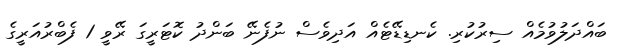
ބައްދަލުވުމެއް ސިރުކުރި. ކެނޑިޑޭޓެއް އަދިވެސް ނުފެނޭ ބަންދު ކޮޓަރީގަ ރޭވީ 1 ފެބްރުއަރީގެ